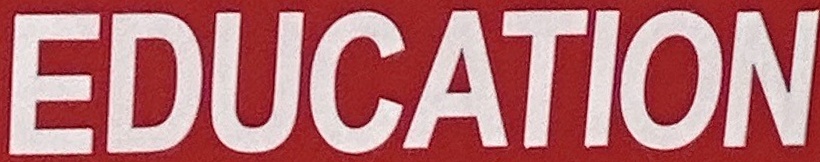
EDUCATION